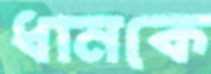
ধানকে